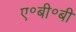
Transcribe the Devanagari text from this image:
ए॰बी॰बी